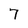
Character: 7